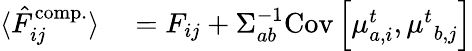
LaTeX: \begin{array}{rl}{\langle\hat{F}_{ij}^{\mathrm{comp.}}\rangle}&{{}={F}_{ij}+{{\Sigma}}_{ab}^{-1}\mathrm{Cov}\left[{\mu}_{a,i}^{t},{\mu^{t}}_{b,j}\right]}\end{array}